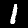
Label: 1